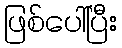
ဖြစ်ပေါ်ပြီး